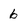
Character: 6